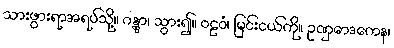
သားဖွားရာအရပ်သို့။ ဂန္တွာ၊ သွား၍။ ဝဠဝံ၊ မြင်းငယ်ကို။ ဥဏှောဒကေန၊